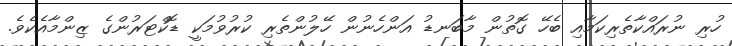
ހުރި ނުރައްކާތެރިކަމާއި ބެހޭ ގޮތުން މާބަނޑު އަންހެނުން ހޭލުންތެރި ކުރުވުމަކީ ޑޮކްޓަރުންގެ ޒިންމާއެކެވެ.